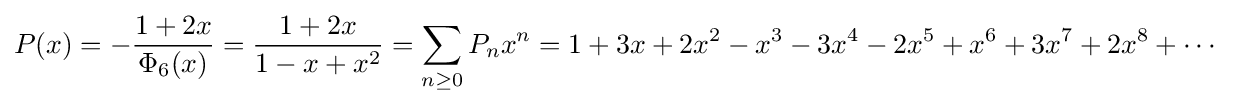
P(x)=-{\frac {1+2x}{\Phi _{6}(x)}}={\frac {1+2x}{1-x+x^{2}}}=\sum _{n\geq 0}P_{n}x^{n}=1+3x+2x^{2}-x^{3}-3x^{4}-2x^{5}+x^{6}+3x^{7}+2x^{8}+\cdots